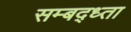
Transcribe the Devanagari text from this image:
सम्बद्ध्ता